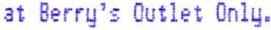
AT BERRY'S OUTLET ONLY.